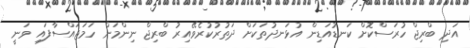
އަދިި ބްރިޖް ހުރަސްކޮށް ކަނޑުއަޑިން އުޅަނދުތަކަށް ދަތުރުކުރެވޭއިރު ބްރިޖް ނިންމަން ހަމަޖައްސާފައި ވަނީ